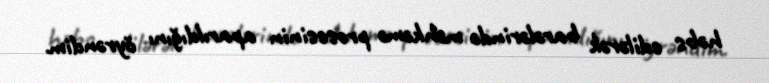
həbs edilərək barələrində məhkəmə prosesinin aparıldığını öyrəndim.